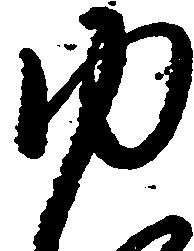
ゆ